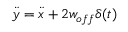
\ddot { y } = \ddot { x } + 2 w _ { o f f } \delta ( t )